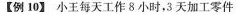
【例10】小王每天工作 8 小时，3 天加工零件